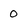
Character: 0